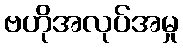
ဗဟိုအလုပ်အမှု